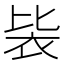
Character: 䘡